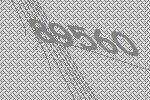
89560